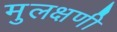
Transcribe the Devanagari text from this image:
मुलक्षणी